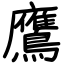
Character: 鷹